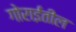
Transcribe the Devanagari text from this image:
गोराईतील